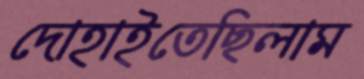
দোহাইতেছিলাম